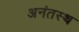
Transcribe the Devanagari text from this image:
अनंतस्थ